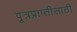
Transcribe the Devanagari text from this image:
पूत्रप्राप्तीसाठी